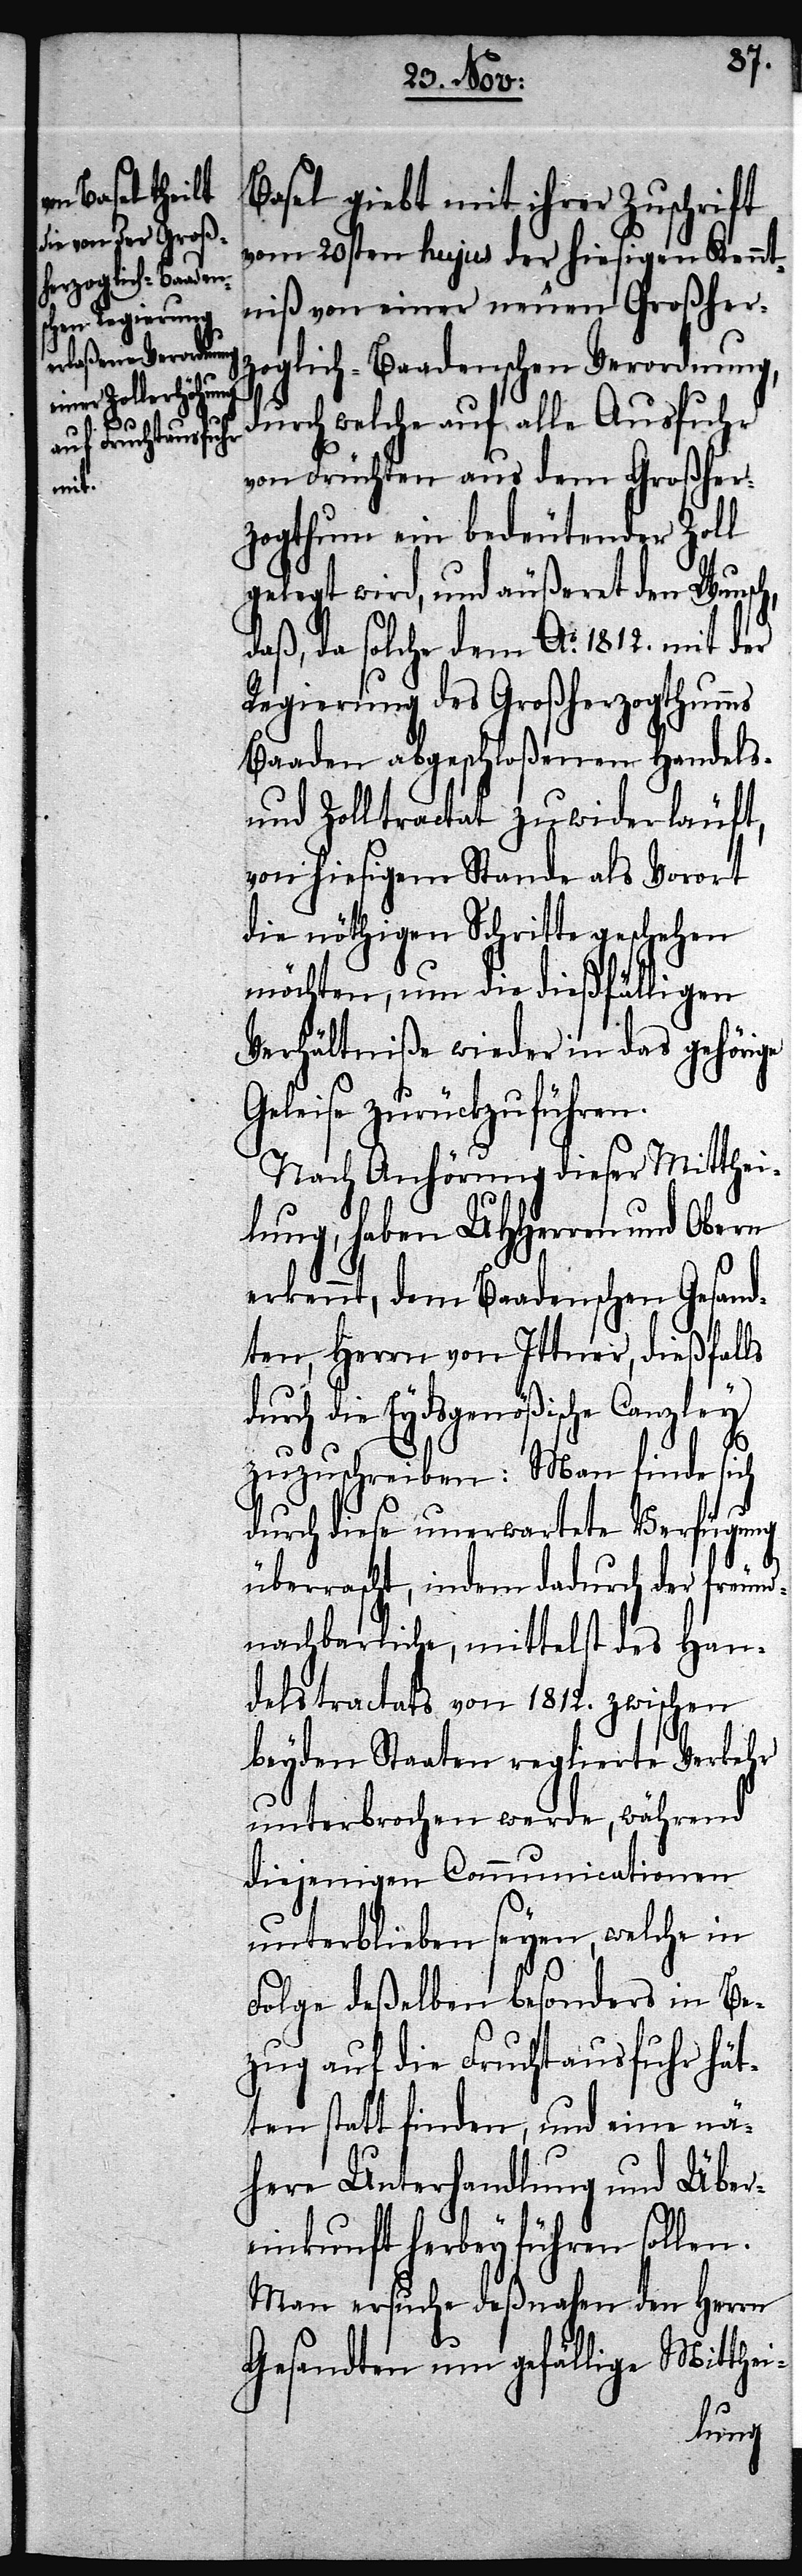
d¬

Basel giebt mit ihrer Zuschrift
vom 20sten hujus der hiesigen Kennt¬
niß von einer neuen Großher¬
zoglich-Baadenschen Verordnung,
durch welche auf alle Ausfuhr
von Früchten aus dem Großher¬
zogthum ein bedeutender Zoll
gelegt wird, und äußeret den Wunsch,
daß, da solche dem Ao. 1812. mit der
Regierung des Großherzogthumms
Baaden abgeschloßenen Handels-
und Zolltractat zu widerläuft,
von hiesigem Stande als Vorort
die nöthigen Schritte geschehen
möchten, um die dießfälligen
Verhältniße wieder in das gehörige
Geleise zurückzuführen.
Nach Anhörung dieser Mitthei¬
lung, haben UHHerren und Obern
erkennt, dem Baadenschen Gesand¬
ten, Herrn von Ittner, dießfalls
urch die Eydsgenößische Canzley
zuzuschreiben: Man finde sich
durch diese unerwartete Verfügung
überrascht, indem dadurch der freund¬
nachbarliche, mittelst des Han¬
delstractats von 1812. zwischen
beyden Staaten reglierte Verkehr
unterbrochen werde, während
diejenigen Communicationen
unterblieben seyen, welche in
Folge deßelben besonders in Be¬
zug auf die Fruchtausfuhr hät¬
ten statt finden, und eine nä¬
here Unterhandlung und Über¬
einkunft herbey führen sollen.
Man ersuche deßnahen den Herrn
Gesandten um gefällige Mitthei-